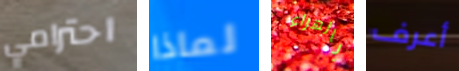
احترامي لماذا بالهراء أعرف